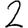
Digit: 2